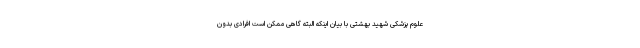
علوم پزشکی شهید بهشتی با بیان اینکه البته گاهی ممکن است افرادی بدون